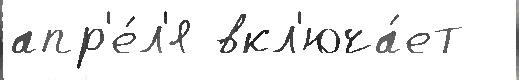
апр'е́л'я вкл'юча́ет